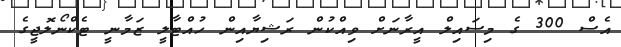
އެސް 300 ގެ މިސައިލް އީރާނަށް ވިއްކުން ރަޝިޔާއިން ހުއްޓާލީ ޒަމާނީ ޓެކްނޯލޮޖީގެ